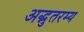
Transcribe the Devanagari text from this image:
अद्भुतरम्य